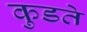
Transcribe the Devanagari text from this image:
कुडते